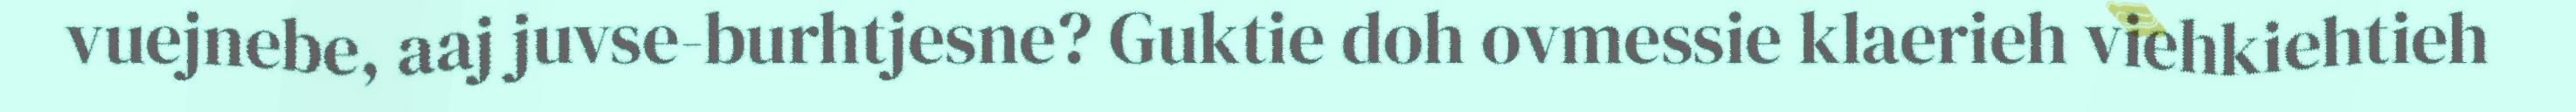
vuejnebe, aaj juvse-burhtjesne? Guktie doh ovmessie klaerieh viehkiehtieh